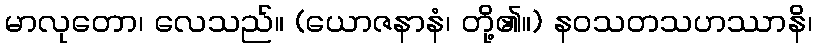
မာလုတော၊ လေသည်။ (ယောဇနာနံ၊ တို့၏။) နဝသတသဟဿာနိ၊